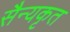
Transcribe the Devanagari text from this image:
सैन्यकृत